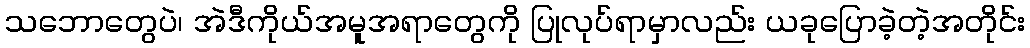
သဘောတွေပဲ၊ အဲဒီကိုယ်အမူအရာတွေကို ပြုလုပ်ရာမှာလည်း ယခုပြောခဲ့တဲ့အတိုင်း